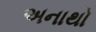
અનાથો